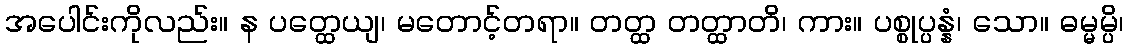
အပေါင်းကိုလည်း။ န ပတ္ထေယျ၊ မတောင့်တရာ။ တတ္ထ တတ္ထာတိ၊ ကား။ ပစ္စုပ္ပန္နံ၊ သော။ ဓမ္မမ္ပိ၊